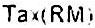
TAX(RM)